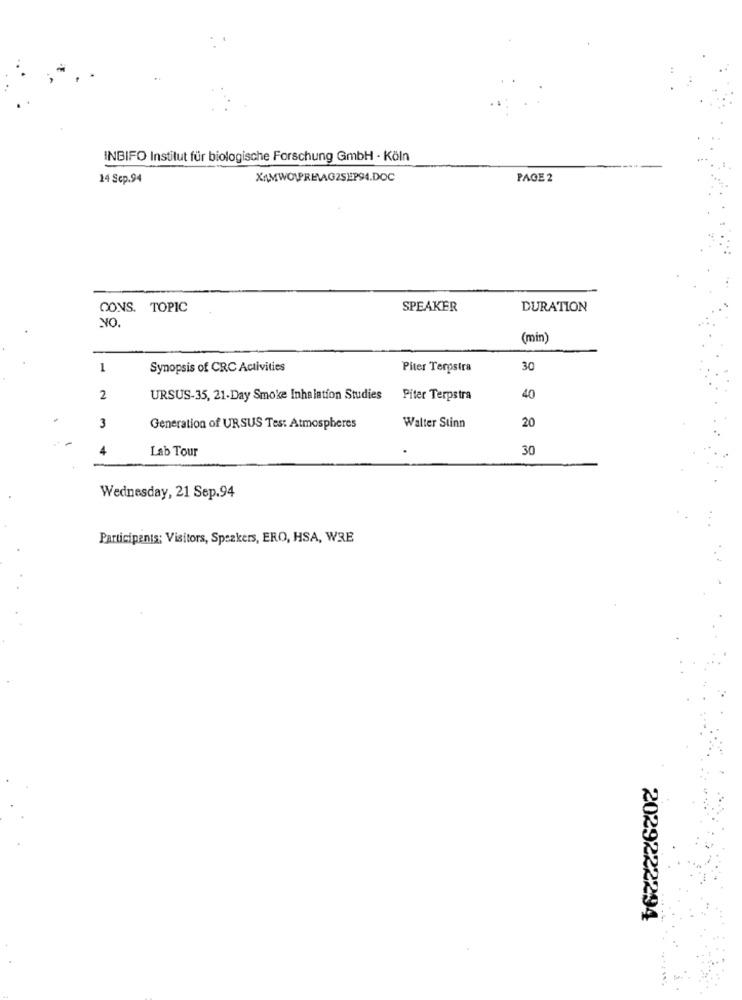
INBIFO Institut für biologische Forschung GmbH - Köln
14 Scp.94
XAMWOLPREVAG25EP94.DOC
PAGE 2
CONS. TOPIC
SPEAKER
DURATION
(min)
1
Synopsis of CRC Activities
Piter Terpstra
30
2
URSUS-35, 21-Day Smoke Inhalation Studies
Piter Terpstra
40
3
Generation of URSUS Tes: Atmospheres
Walter Stinn
20
Lab Tour
30
Wednesday, 21 Sep.94
Participants; Visitors, Speakers, ERO, HSA, WRE
2029222294